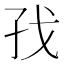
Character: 𪦷